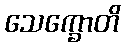
သေက္ခောတိ